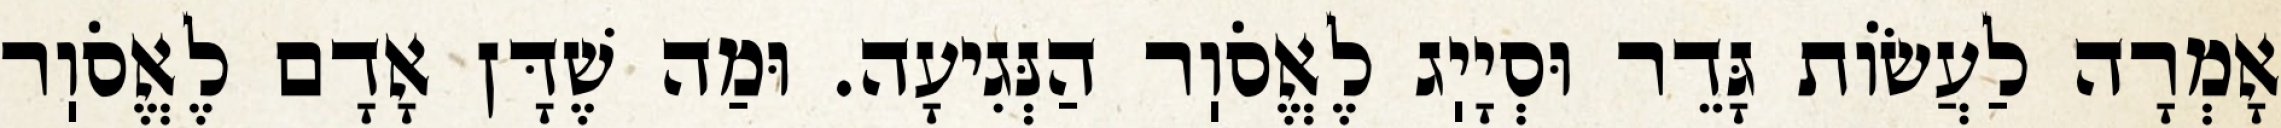
אָמְרָה לַעֲשׂוֹת גָּדֵר וּסְיָיֽג לֶאֱסֹוֽר הַנְּגִיעָה. וּמַה שֶׁדָּן אָדָם לֶאֱסֹוֽר